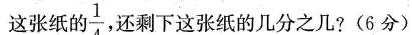
这张纸的\frac{1}{4}，还剩下这张纸的几分之几?(6 分)